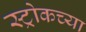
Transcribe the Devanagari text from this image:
स्ट्रोकच्या